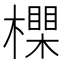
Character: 𣝇